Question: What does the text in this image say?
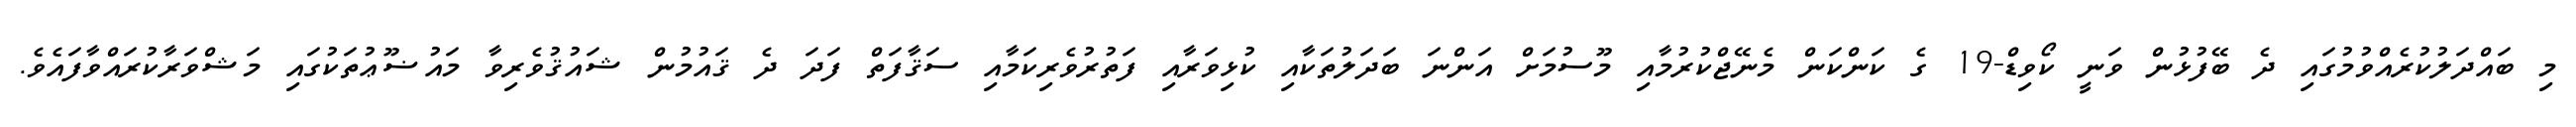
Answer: މި ބައްދަލުކުރެއްވުމުގައި ދެ ބޭފުޅުން ވަނީ ކޯވިޑް-19 ގެ ކަންކަން މެނޭޖްކުރުމާއި މޫސުމަށް އަންނަ ބަދަލުތަކާއި ކުޅިވަރާއި ފަތުރުވެރިކަމާއި ސަޤާފަތް ފަދަ ދެ ޤައުމުން ޝައުޤުވެރިވާ މައުޟޫޢުތަކުގައި މަޝްވަރާކުރައްވާފައެވެ.